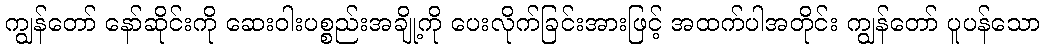
ကျွန်တော် နော်ဆိုင်းကို ဆေးဝါးပစ္စည်းအချို့ကို ပေးလိုက်ခြင်းအားဖြင့် အထက်ပါအတိုင်း ကျွန်တော် ပူပန်သော